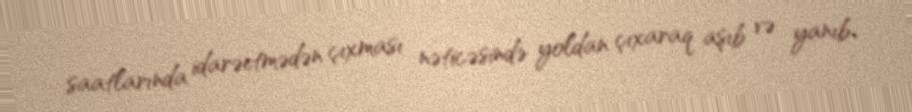
saatlarında idarəetmədən çıxması nəticəsində yoldan çıxaraq aşıb və yanıb.